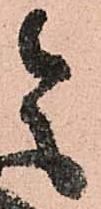
令